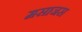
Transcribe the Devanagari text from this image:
मसाजस